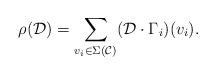
LaTeX: \begin{align*}\rho(\mathcal{D})=\sum_{v_{i}\in\Sigma(\mathcal{C})}(\mathcal{D}\cdot{\Gamma_{i}})(v_{i}).\end{align*}